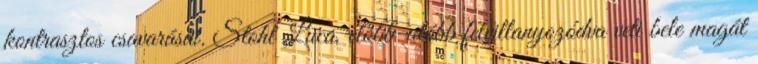
kontrasztos csavarásai. Stohl Luca, előbb-utóbb felvillanyozódva veti bele magát